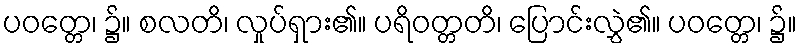
ပဝတ္တေ၊ ၌။ စလတိ၊ လှုပ်ရှား၏။ ပရိဝတ္တတိ၊ ပြောင်းလွှဲ၏။ ပဝတ္တေ၊ ၌။